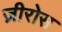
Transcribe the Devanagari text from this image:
ज़ीरोस